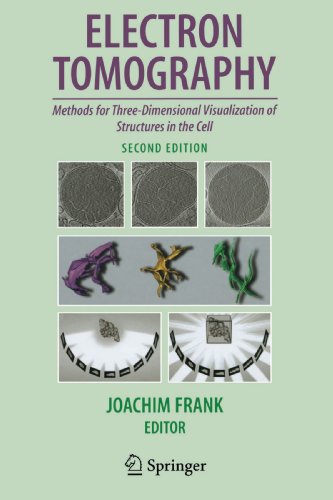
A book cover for Electron Tomography: Methods for Three-Dimensional Visualization of Structures in the Cell; Science & Math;